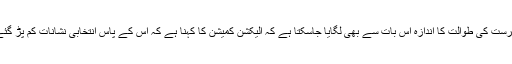
اس فہرست کی طوالت کا اندازہ اس بات سے بھی لگایا جاسکتا ہے کہ الیکشن کمیشن کا کہنا ہے کہ اس کے پاس انتخابی نشانات کم پڑ گئے ہیں۔